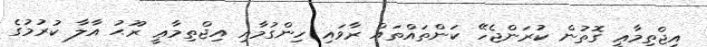
އިޖްތިމާޢީ ގޮތުން ކުރަންޖެހޭ ކަންތައްތައް ރާވައި ހިންގުމާއި އިޖްތިމާޢީ ރޫޙު އާލާ ކުރުމުގެ